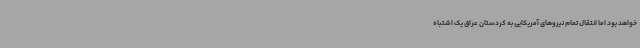
خواهد بود اما انتقال تمام نیروهای آمریکایی به کردستان عراق یک اشتباه